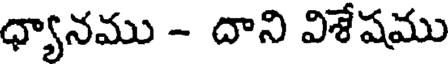
ధ్యానము - దాని విశేషము